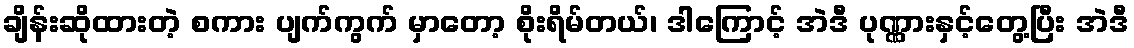
ချိန်းဆိုထားတဲ့ စကား ပျက်ကွက် မှာတော့ စိုးရိမ်တယ်၊ ဒါကြောင့် အဲဒီ ပုဏ္ဏားနှင့်တွေ့ပြီး အဲဒီ